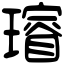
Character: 𤩷